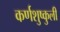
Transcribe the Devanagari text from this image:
कर्णशुष्कुली